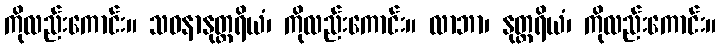
ကိုလည်းကောင်း။ သဝနာနုတ္တရိယံ၊ ကိုလည်းကောင်း။ လာဘာ၊ နုတ္တရိယံ၊ ကိုလည်းကောင်း။